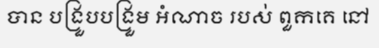
បាន បង្រួបបង្រួម អំណាច របស់ ពួកគេ នៅ